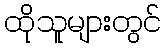
ထိုသူများတွင်